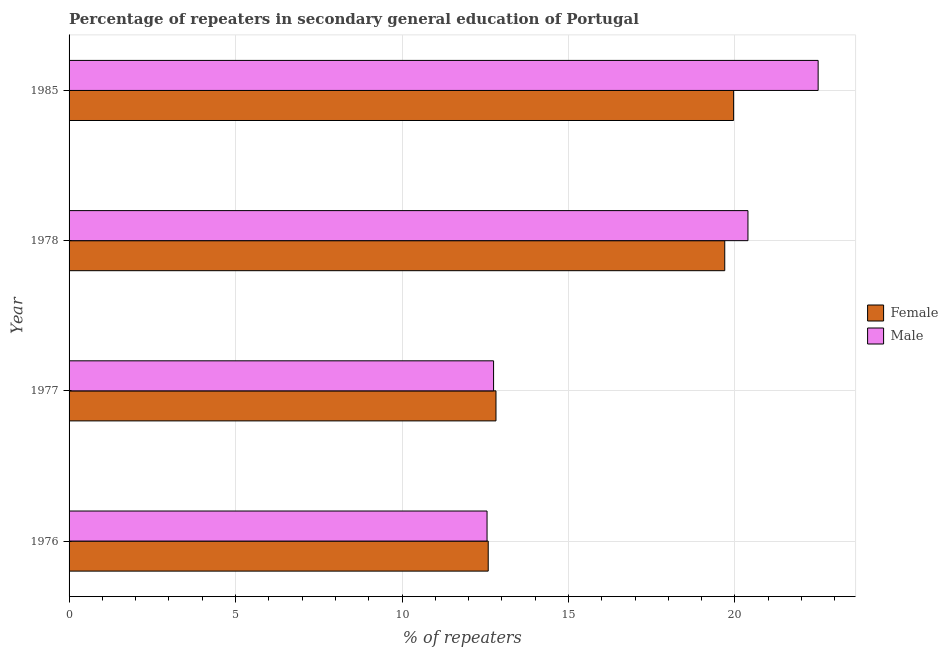
| Year | Female | Male |
 | --- | --- | --- |
 | 1976 | 12.6 | 12.6 |
 | 1977 | 12.8 | 12.7 |
 | 1978 | 19.7 | 20.4 |
 | 1985 | 20 | 22.5 |